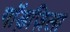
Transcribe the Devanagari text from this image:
गॉड़ज़िला